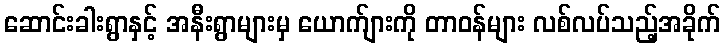
ဆောင်းခါးရွာနှင့် အနီးရွာများမှ ယောက်ျားကို တာဝန်များ လစ်လပ်သည့်အခိုက်